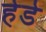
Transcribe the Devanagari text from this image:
हेडे